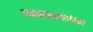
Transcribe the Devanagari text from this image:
न्याहाळल्यानंतर